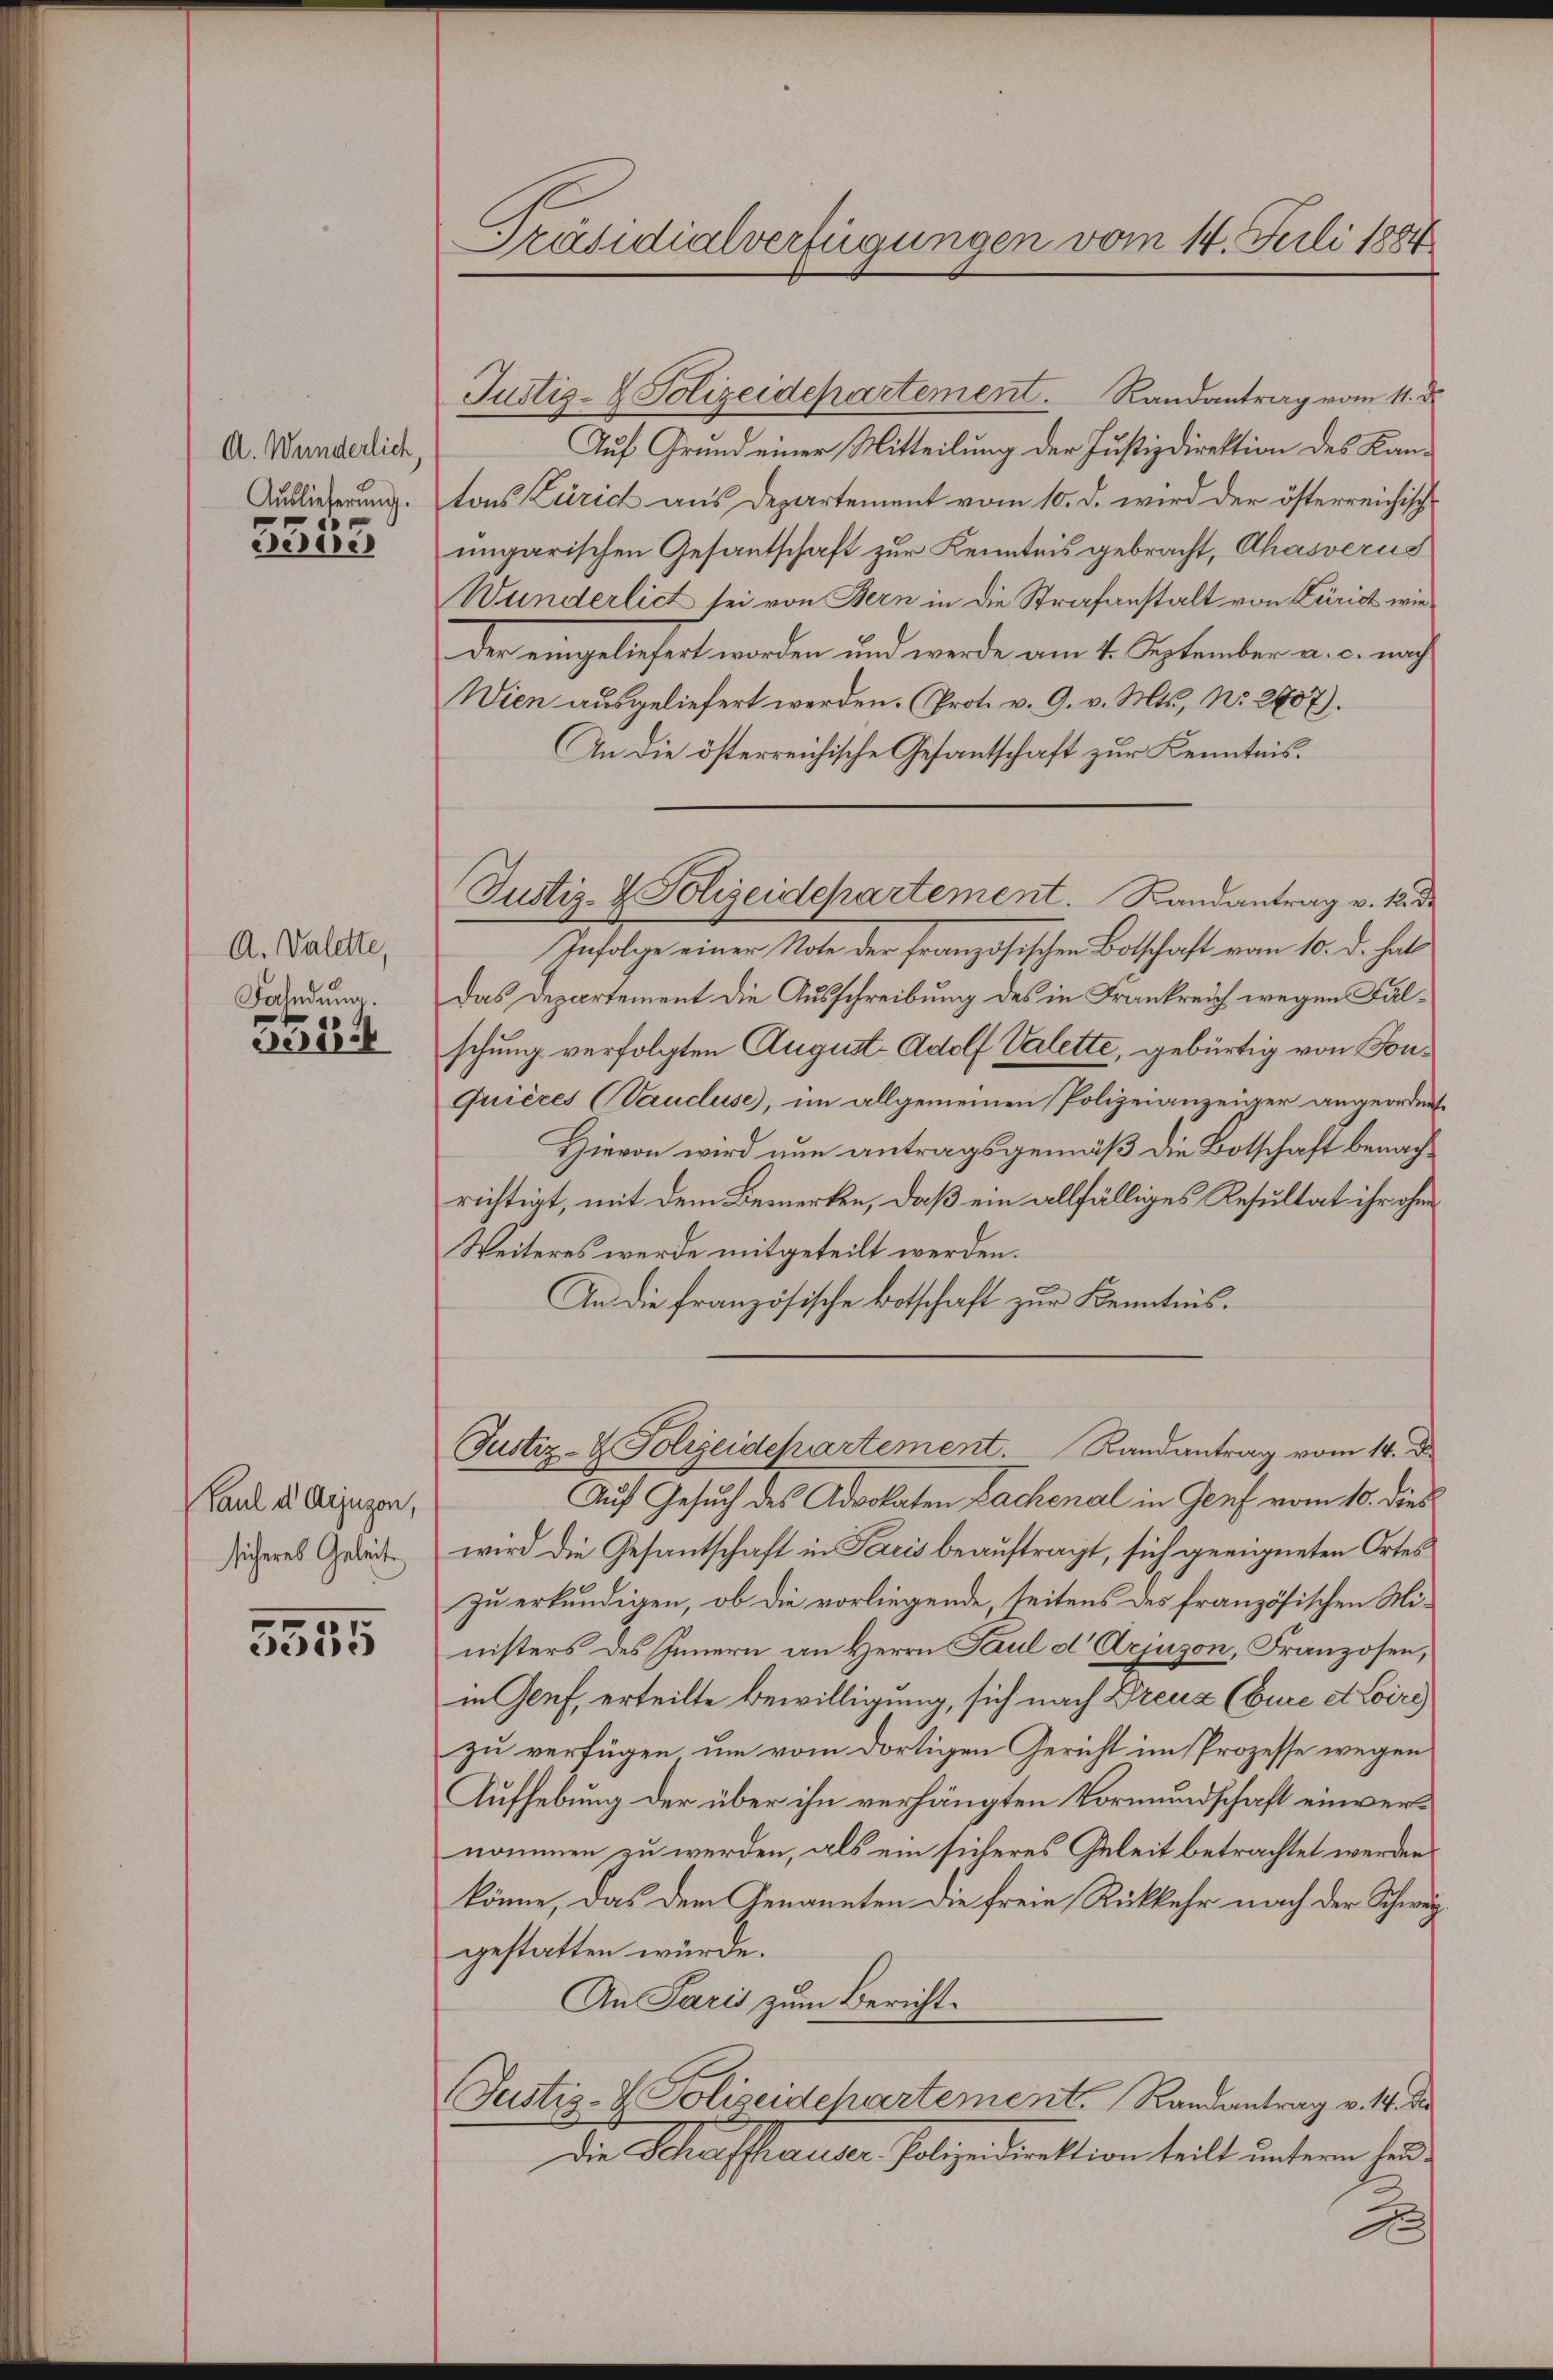
A. Wunderlich,
Auslieferung.
1

dende

A. Valette,
Fahndung.

305

Paul als Arjugen,
sicheres Geleite

5555

Präsidialverfügungen vom 14. Juli 1884

Justiz- & Polizeidepartement. Randantrag vom 11. d.
Auf Grund einer Mitteilung der Justizdirektion des Kantons Zürich aus Departement vom 10. d. wird der österreichische
ungarischen Gesantschaft zur Kenntnis gebracht, Ahasverus
Wunderlich sei von Bern in die Strafanstalt von Zürich wieder eingeliefert worden und werde am 4. September a. c. nach
Wien ausgeliefert werden. (Prot. v. 9. v. Mts., N. 2707).
An die österreichische Gesantschaft zur Kenntnis.
Infolge einer Note der französischen Botschaft vom 10. d. hat
Das Departement die Ausschreibung des in Frankreich wegen Falschung verfolgten August Adolf Valette, gebürtig von Fon¬
Grières (Vaucluse), im allgemeinen Polizeianzeiger angeordnete
Hievon wird nun antragsgemäß die Botschaft benachrichtigt, mit dem Bemerken, daß ein allfälliges Resultat ihr ohne
Weiteres werde mitgeteilt werden.
An die französische Botschaft zur Kenntnis.
Justiz- & Polizeidepartement. Randantrag vom 14. d.
Auf Gesuch des Advokaten Sachenal in Genf vom 10. dies
wird die Gesandtschaft in Paris beauftragt, sich geeigneten Ortes
zu erkundigen, ob die vorliegende, seitens des französischen Ministers des Innern an Herrn Paul d' Arjuson, Franzosen,
in Genf, erteilte Bewilligung, sich nach Dreuz (Eure et Coiri
zu verfügen, um vom dortigen Gericht im Prozesse wegen
Aufhebung der über ihn verhängten Vormundschaft einvernommen zu werden, als ein sicheres Geleit betrachtet werden
könne, das dem Genannten die freie Rückkehr nach der Schweigestatten würde.
An Paris zum Bericht.
Justiz- & Polizeidehartement. Randantrag v. 14. di
Die Schaffhauser- Polizeidirektion teilt unterm heu¬
F

Justiz- & Polizeidepartement. Randantrag v. 12. d